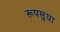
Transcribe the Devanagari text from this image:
रूपसुधा